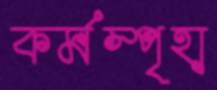
কর্মস্পৃহা